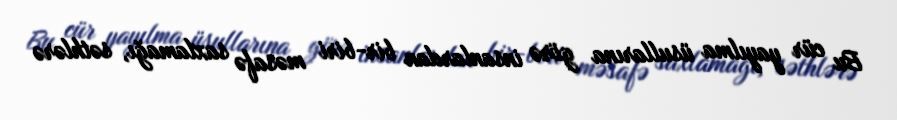
Bu cür yayılma üsullarına görə insanlardan bir-biri məsafə saxlamağı, səthlərə